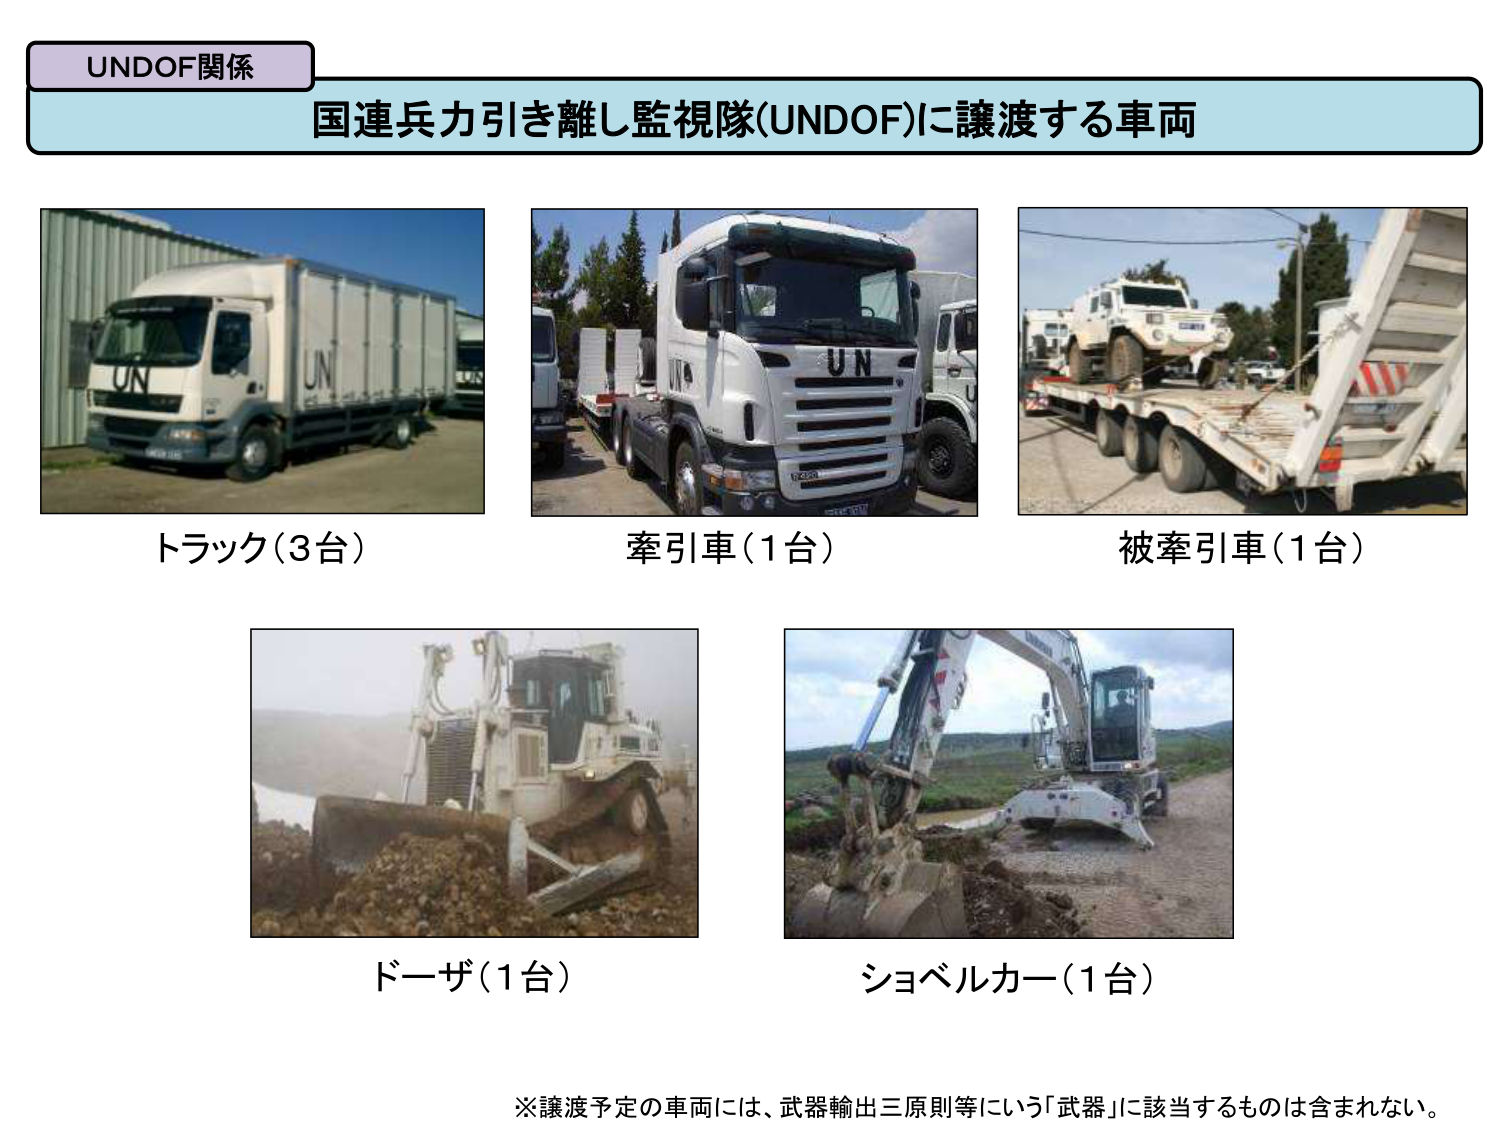
UNDOF関係
国連兵力引き離し監視隊(UNDOF)に譲渡する車両
UN
UN
UN
トラック（3台）
牽引車（1台）
被牽引車（1台）
ドーザ（1台）
ショベルカー（1台）
※譲渡予定の車両には、武器輸出三原則等にいう「武器」に該当するものは含まれない。